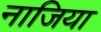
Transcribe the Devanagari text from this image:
नाजिया